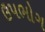
ઉપભોગ